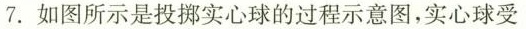
7.如图所示是投掷实心球的过程示意图，实心球受